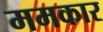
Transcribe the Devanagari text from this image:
ममकार